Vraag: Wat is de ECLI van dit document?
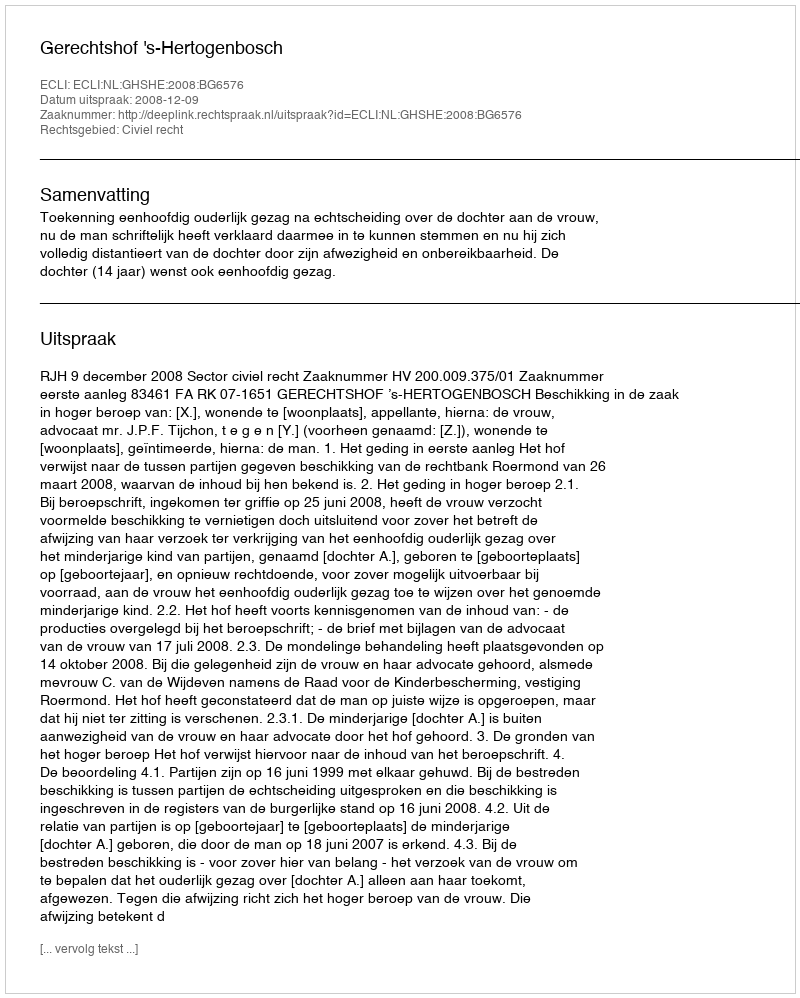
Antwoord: ECLI:NL:GHSHE:2008:BG6576